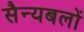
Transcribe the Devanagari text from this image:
सैन्यबलों